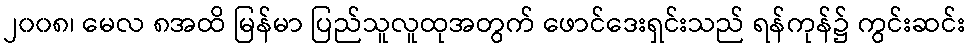
၂၀၀၈၊ မေလ ၈အထိ မြန်မာ ပြည်သူလူထုအတွက် ဖောင်ဒေးရှင်းသည် ရန်ကုန်၌ ကွင်းဆင်း